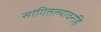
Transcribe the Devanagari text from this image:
सांगितल्यावरहि